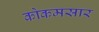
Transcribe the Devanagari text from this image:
कोकमसार